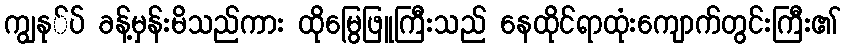
ကျွနု်ပ် ခန့်မှန်းမိသည်ကား ထိုမြွေဖြူကြီးသည် နေထိုင်ရာထုံးကျောက်တွင်းကြီး၏